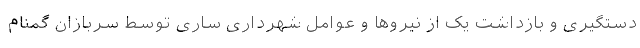
دستگیری و بازداشت یک از نیروها و عوامل شهرداری ساری توسط سربازان گمنام